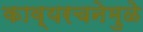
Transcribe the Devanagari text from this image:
काव्यरचनेमुळे